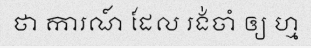
ថា ការណ៍ ដែល រង់ចាំ ឲ្យ ហ្ម